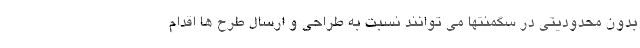
بدون محدودیتی در سگمنتها می توانند نسبت به طراحی و ارسال طرح ها اقدام